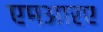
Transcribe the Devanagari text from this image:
एमआरए